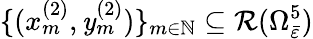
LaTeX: \{ (x_{m}^{(2)},\mathit{y}_{m}^{(2)})\} _{m\in\mathbb{{N}}}\subseteq\mathcal{{R}}(\Omega_{\bar{{\varepsilon}}}^{5})